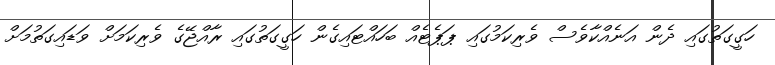
ހަގީގަތުގައި ދެން އަނެއްކާވެސް ވެރިކަމުގައި ޕަޕެޓެއް ބަހައްޓައިގެން ހަގީގަތުގައި ރާއްޖޭގެ ވެރިކަމަށް ވަޑައިގަތުމަށް